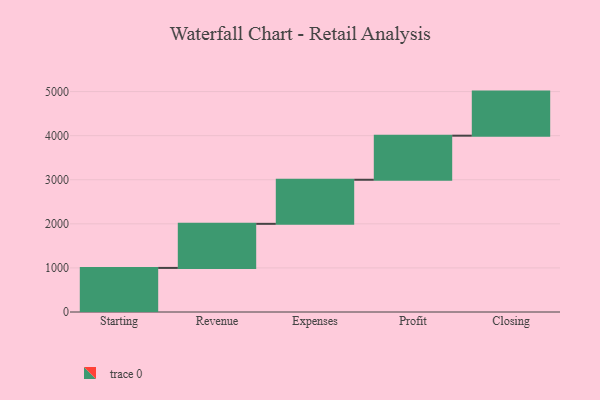
{"axis": {"x": "Step", "y": "Value"}, "legend": [""], "data": [{"x": "Starting", "y": 1000, "type": ""}, {"x": "Revenue", "y": 1000, "type": ""}, {"x": "Expenses", "y": 1000, "type": ""}, {"x": "Profit", "y": 1000, "type": ""}, {"x": "Closing", "y": 1000, "type": ""}]}